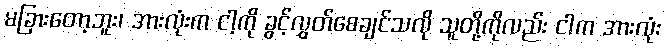
မခြားတော့ဘူး၊ အားလုံးက ငါ့ကို ခွင့်လွှတ်စေချင်သလို သူတို့ကိုလည်း ငါက အားလုံး